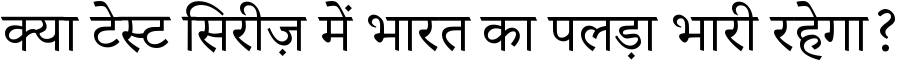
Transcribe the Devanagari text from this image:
क्या टेस्ट सिरीज़ में भारत का पलड़ा भारी रहेगा?